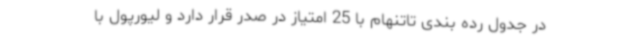
در جدول رده بندی تاتنهام با 25 امتیاز در صدر قرار دارد و لیورپول با